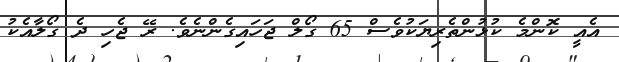
އެއީ ކޮންމެ ކުޅުންތެރިޔަކުވެސް 65 ގޯލް ޖަހައިގެންނެވެ. ރޭ ޖެހި ދެ ގޯލާއެކު